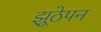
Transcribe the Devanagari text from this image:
झूठेपन